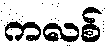
ကလစ်